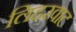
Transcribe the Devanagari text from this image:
लिद्दरवाट